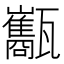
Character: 𤮰